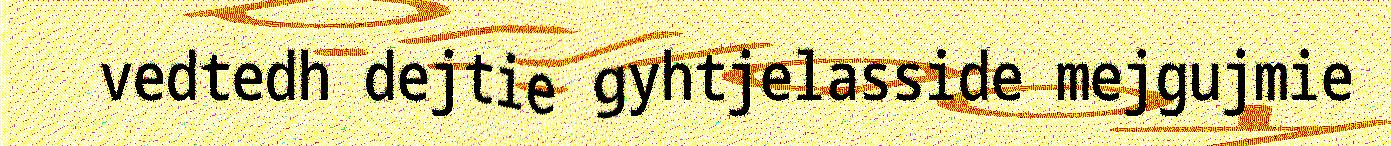
vedtedh dejtie gyhtjelasside mejgujmie